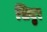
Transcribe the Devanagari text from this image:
सियुर